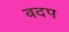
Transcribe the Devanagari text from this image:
बदप